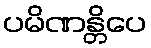
ပမိဏန္တိပေ